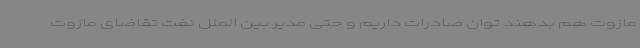
مازوت هم بدهند توان صادرات داریم و حتی مدیر بین الملل نفت تقاضای مازوت